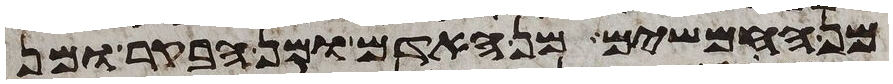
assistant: החמשים מן האדם ומן הבקר ומן